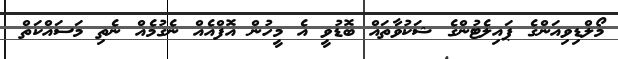
މޯލްޑިވިއަންގެ ޕައިލެޓުންގެ ޝަކުވާތައް ބޮޑުވީ އެ މީހުން އޮފްއެއް ނެގުމެއް ނެތި މަސައްކަތް